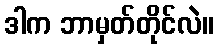
ဒါက ဘာမှတ်တိုင်လဲ။